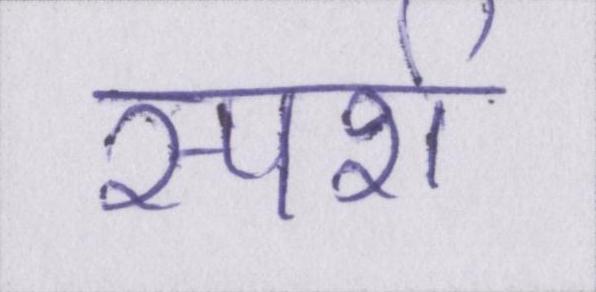
स्पर्श